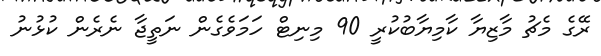
ރޭގެ މެޗު މާޒިޔާ ކާމިޔާބުކުރީ 90 މިނިޓް ހަމަވެގެން ނަތީޖާ ނެރެން ކުޅުނު